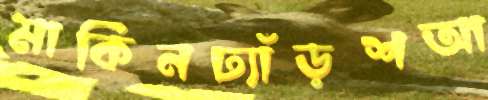
মার্কিনঢ্যাঁড়শআ